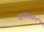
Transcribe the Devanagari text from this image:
चाणक्यानं